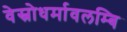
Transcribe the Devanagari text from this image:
वेस्नोधर्मावलम्बि